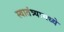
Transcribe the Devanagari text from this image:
स्वातंत्र्यामध्ये